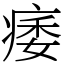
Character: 痿